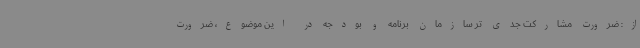
از: ضرورت مشارکت جدی تر سازمان برنامه و بودجه در این موضوع، ضرورت